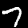
Digit: 7